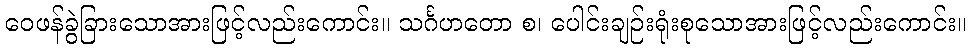
ဝေဖန်ခွဲခြားသောအားဖြင့်လည်းကောင်း။ သင်္ဂဟတော စ၊ ပေါင်းချဉ်းရုံးစုသောအားဖြင့်လည်းကောင်း။